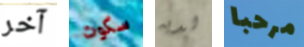
آخر سكوت لديه مرحبا